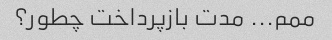
ممم... مدت بازپرداخت چطور؟